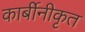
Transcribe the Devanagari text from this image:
कार्बीनीकृत